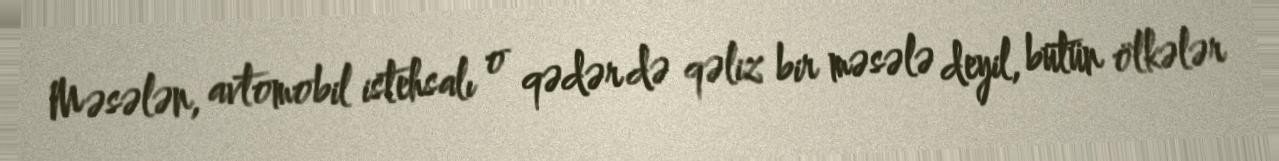
Məsələn, avtomobil istehsalı o qədər də qəliz bir məsələ deyil, bütün ölkələr